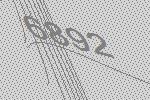
6892